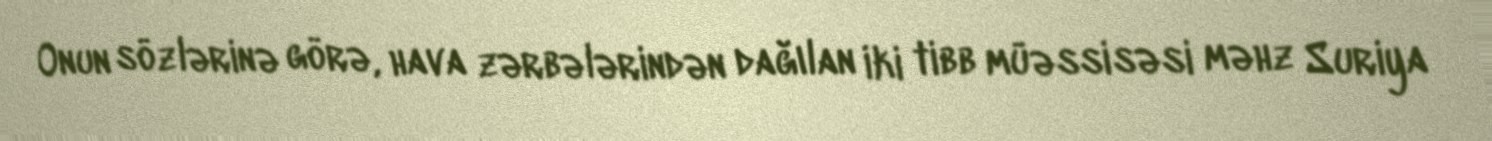
Onun sözlərinə görə, hava zərbələrindən dağılan iki tibb müəssisəsi məhz Suriya